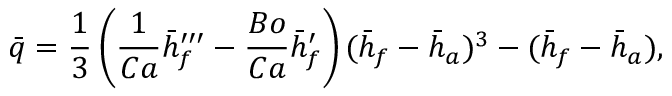
\bar { q } = { \frac { 1 } { 3 } } \left( { \frac { 1 } { C a } } \bar { h } _ { f } ^ { \prime \prime \prime } - { \frac { B o } { C a } } \bar { h } _ { f } ^ { \prime } \right) ( \bar { h } _ { f } - \bar { h } _ { a } ) ^ { 3 } - ( \bar { h } _ { f } - \bar { h } _ { a } ) ,